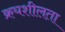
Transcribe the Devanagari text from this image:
क्रयशीलता